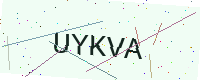
Text: UYKVA